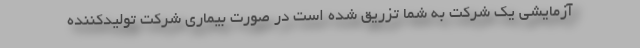
آزمایشی یک شرکت به شما تزریق شده است در صورت بیماری شرکت تولیدکننده